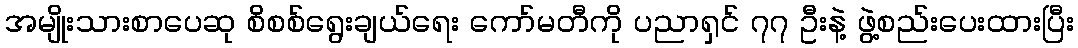
အမျိုးသားစာပေဆု စိစစ်ရွေးချယ်ရေး ကော်မတီကို ပညာရှင် ၇၇ ဦးနဲ့ ဖွဲ့စည်းပေးထားပြီး